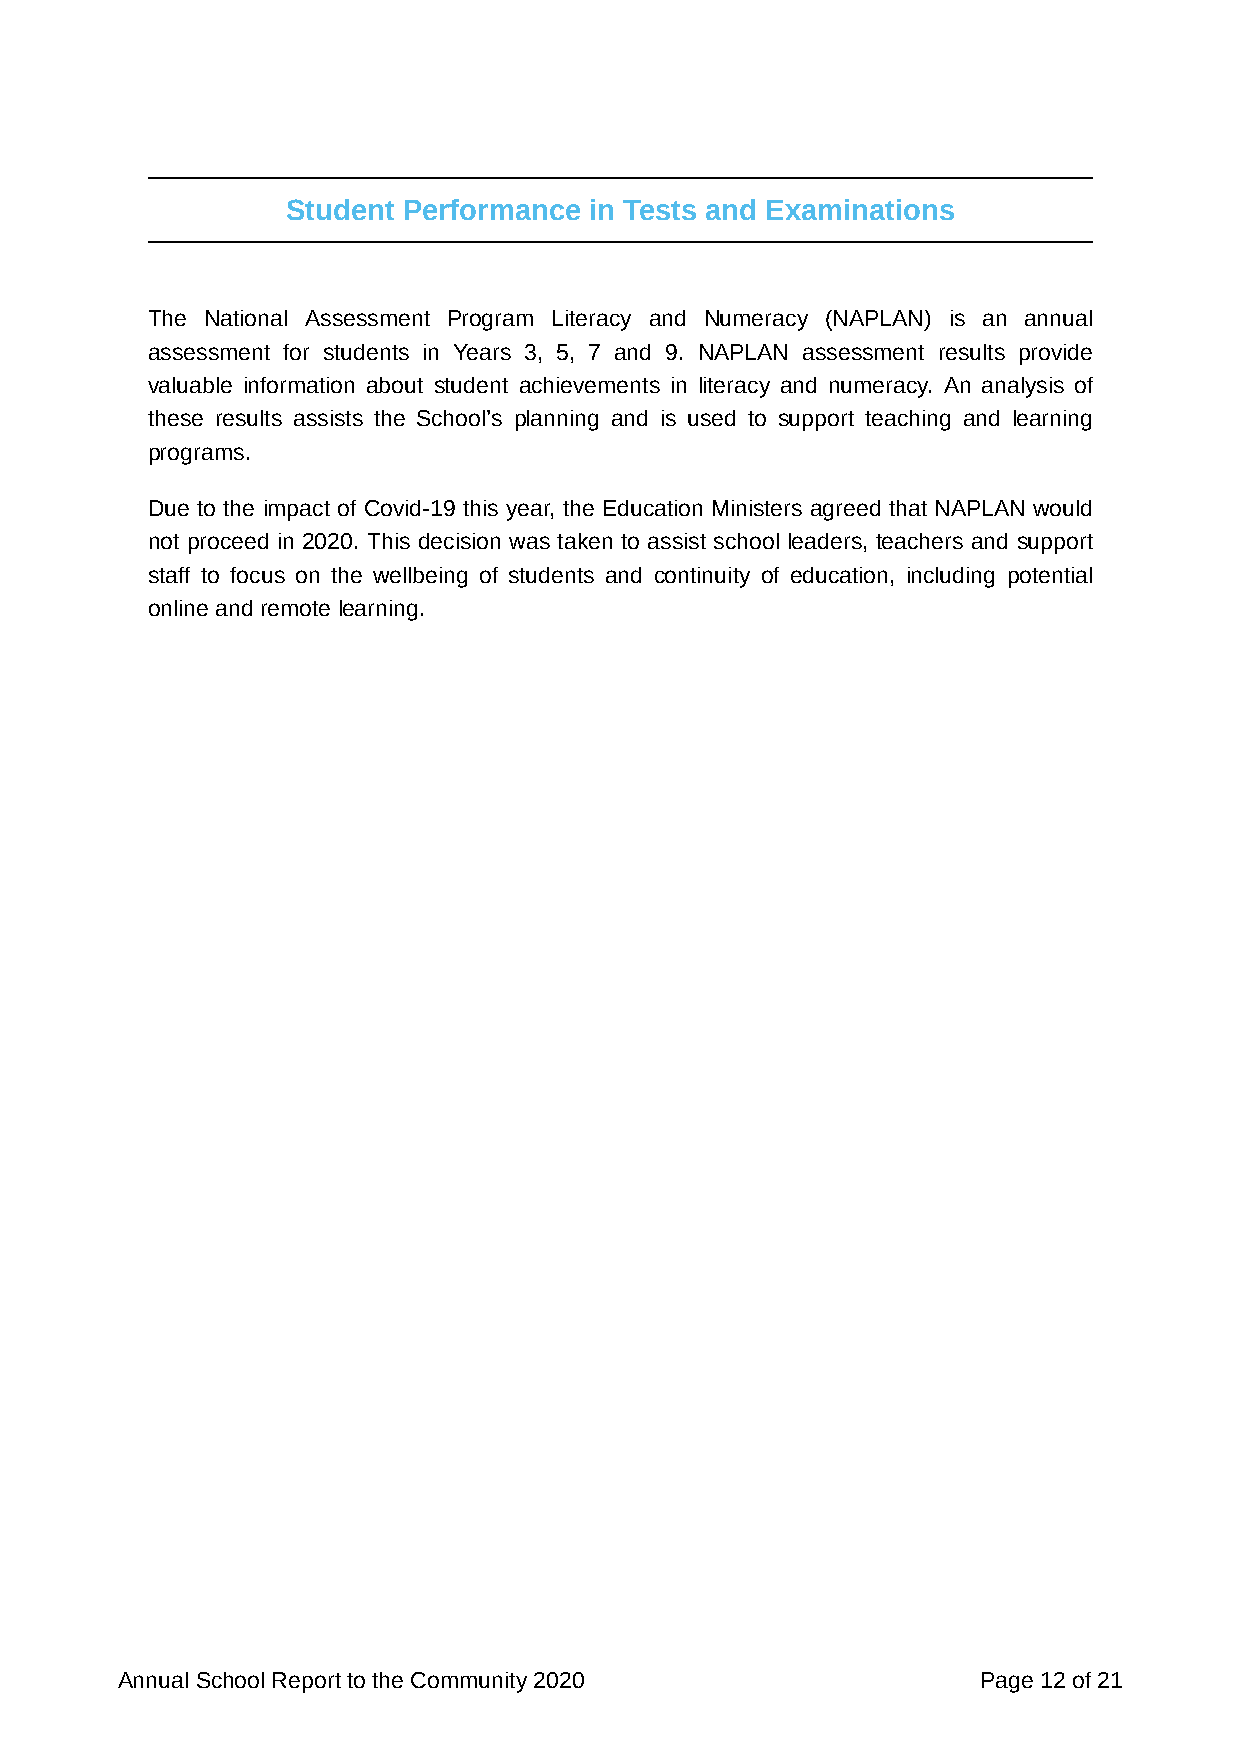
Student Performance in Tests and Examinations
 The National Assessment Program Literacy and Numeracy (NAPLAN) is an annual
 assessment for students in Years 3, 5, 7 and 9. NAPLAN assessment results provide
 valuable information about student achievements in literacy and numeracy. An analysis of
 these results assists the School’s planning and is used to support teaching and learning
 programs.
 Due to the impact of Covid-19 this year, the Education Ministers agreed that NAPLAN would
 not proceed in 2020. This decision was taken to assist school leaders, teachers and support
 staff to focus on the wellbeing of students and continuity of education, including potential
 online and remote learning.
 Annual School Report to the Community 2020               Page 12 of 21